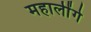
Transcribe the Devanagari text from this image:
महालींगे